DOW-UAP-D49, Launch Summary, Vandenberg AFB, 2000
Agency: Department of War
Incident date: 2/3/00
Page 27
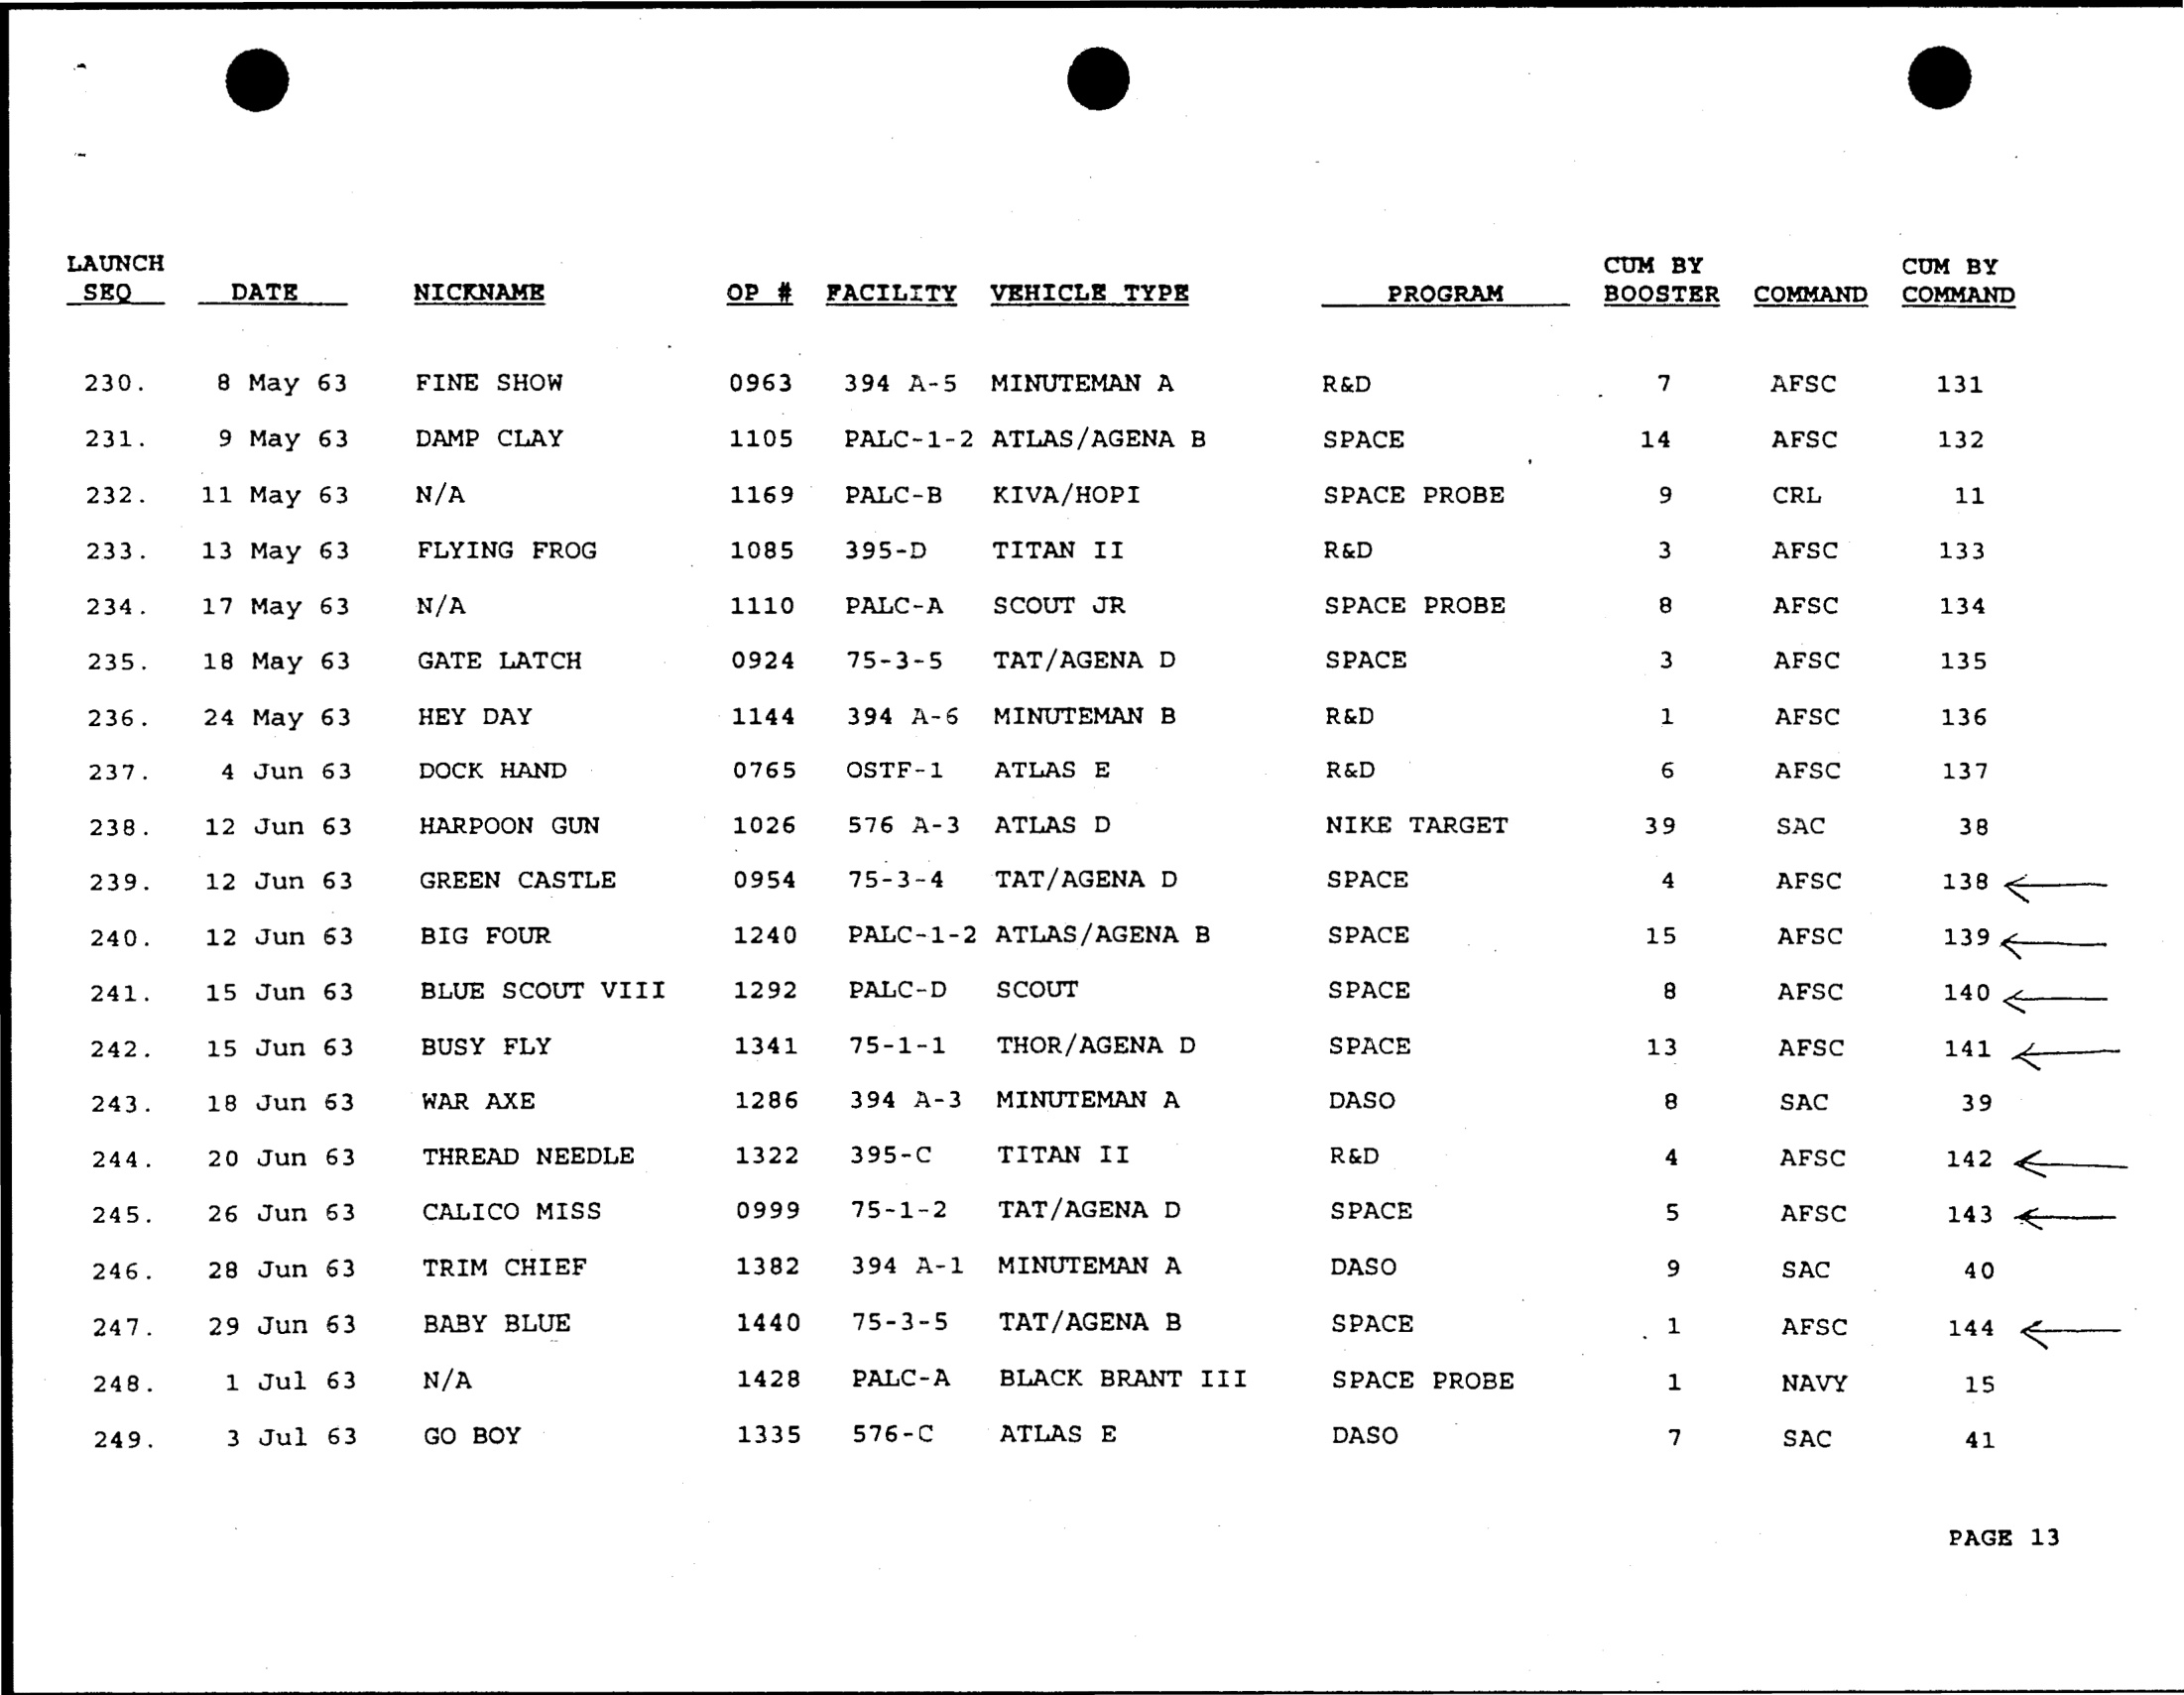